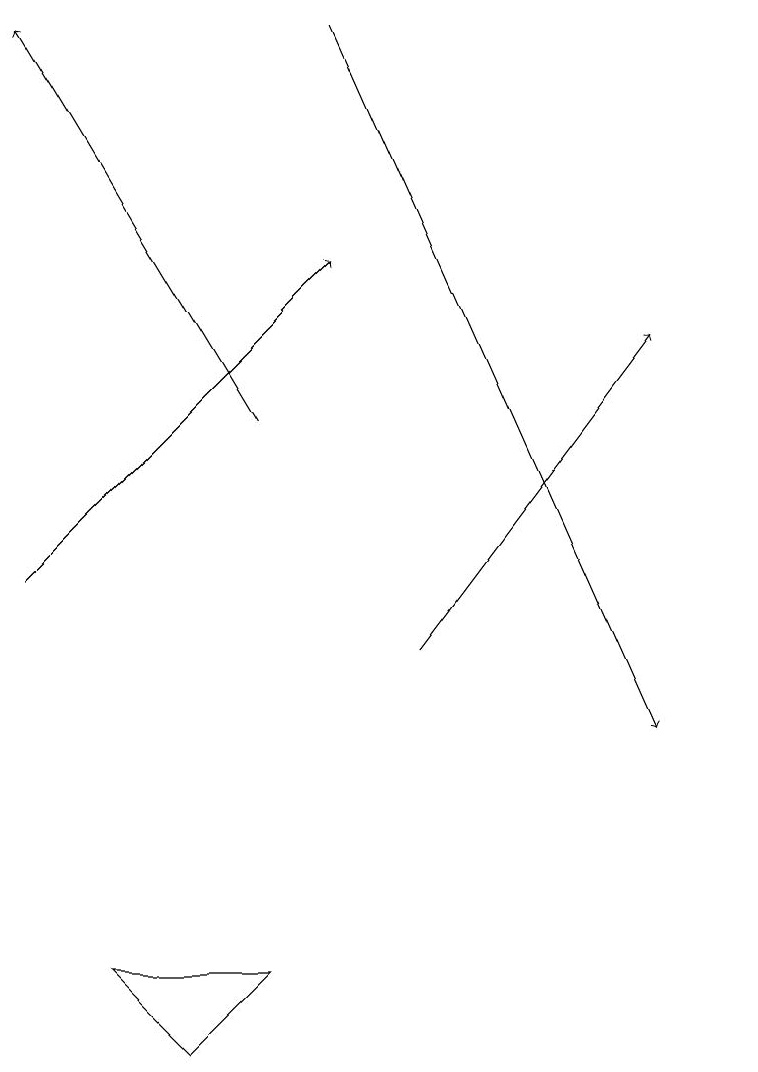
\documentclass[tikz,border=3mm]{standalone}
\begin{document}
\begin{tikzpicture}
\draw[->] (4,14) -- (1,19);
\draw (2,7) -- (3,6) -- (4,7) -- cycle;
\draw[->] (6,11) -- (9,15);
\draw[->] (5,19) -- (9,10);
\draw[->] (1,12) -- (5,16);
\draw (10,10) circle (0);
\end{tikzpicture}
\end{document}